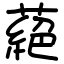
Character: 蕝